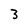
Character: 3